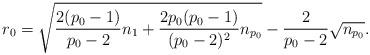
LaTeX: \begin{align*} r_0=\sqrt{\frac{2(p_0-1)}{p_0-2}n_1+\frac{2p_0(p_0-1)}{(p_0-2)^2}n_{p_0}}-\frac{2}{p_0-2}\sqrt{n_{p_0}}.\end{align*}